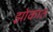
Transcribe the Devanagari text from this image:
झोकात